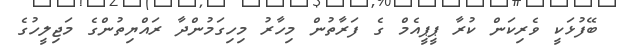
ބޭފުޅަކީ ވެރިކަން ކުރާ ޕީޕީއެމް ގެ ފަރާތުން މިހާރު މިހިގަމުންދާ ރައްޔިތުންގެ މަޖިލީހުގެ